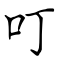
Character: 叮